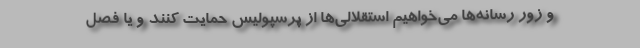
و زور رسانه‌ها می‌خواهیم استقلالی‌ها از پرسپولیس حمایت کنند و یا فصل